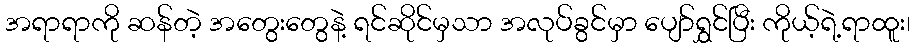
အရာရာကို ဆန်တဲ့ အတွေးတွေနဲ့ ရင်ဆိုင်မှသာ အလုပ်ခွင်မှာ ပျော်ရွှင်ပြီး ကိုယ့်ရဲ့ရာထူး၊